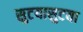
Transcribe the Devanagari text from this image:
सुटयासुटया